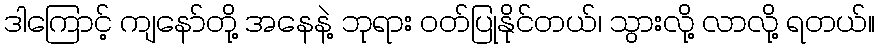
ဒါကြောင့် ကျနော်တို့ အနေနဲ့ ဘုရား ဝတ်ပြုနိုင်တယ်၊ သွားလို့ လာလို့ ရတယ်။